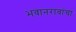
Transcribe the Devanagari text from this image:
भवानरावांचा